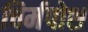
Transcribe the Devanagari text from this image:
चिर्मपोश